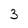
Character: 3